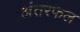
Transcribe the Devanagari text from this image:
अंतरफल